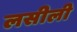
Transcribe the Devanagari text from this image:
लसीली